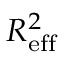
R _ { \mathrm { e f f } } ^ { 2 }